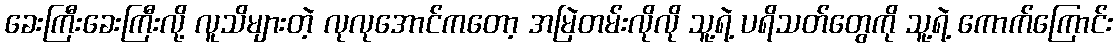
ခေးကြီးခေးကြီးလို့ လူသိများတဲ့ လုလုအောင်ကတော့ အမြဲတမ်းလိုလို သူ့ရဲ့ ပရိသတ်တွေကို သူ့ရဲ့ ကောက်ကြောင်း